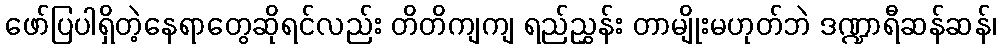
ဖော်ပြပါရှိတဲ့နေရာတွေဆိုရင်လည်း တိတိကျကျ ရည်ညွှန်း တာမျိုးမဟုတ်ဘဲ ဒဏ္ဍာရီဆန်ဆန်၊